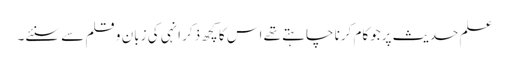
علم حدیث پرجوکام کرنا چاہتے تھے اس کا کچھ ذکر انہی کی زبان و قلم سے سنئے۔